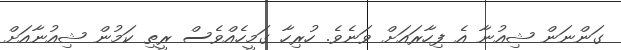
ގަންނަން ޝިއުނާ އެ ފިހާރައަށް ވަނެވެ. ހުރިހާ ގަމީހެއްވެސް ރީތި ކަމުން ޝިއުނާއަށް